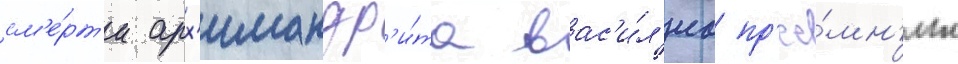
см'е́рт'и арх'имандр'и́та вас'и́л'иа пр'ее́мн'ик